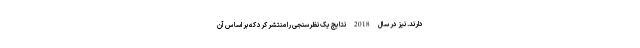
دارند. نیز در سال 2018 نتایج یک نظرسنجی را منتشر کرد که بر اساس آن